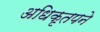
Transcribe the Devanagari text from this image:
अधिकृतपने